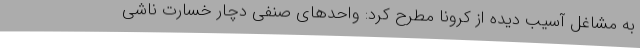
به مشاغل آسیب دیده از کرونا مطرح کرد: واحدهای صنفی دچار خسارت ناشی